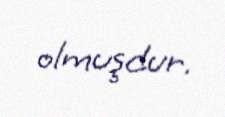
olmuşdur.